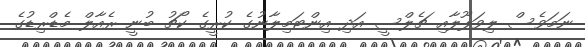
ނަމަވެސް ލިވަޕޫލާއި ޗެލްސީ އަދި އިންޓަމިލާނުގެ ކުރީގެ ކޯޗު ބުނީ ރެއާލް މެޑްރިޑުގެ